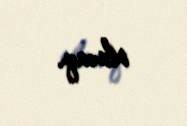
olacaq.